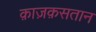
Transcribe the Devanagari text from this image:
क़ाज़क़सतान